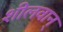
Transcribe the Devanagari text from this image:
शीलवान्